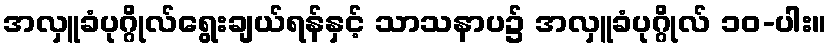
အလှူခံပုဂ္ဂိုလ်ရွေးချယ်ရန်နှင့် သာသနာပ၌ အလှူခံပုဂ္ဂိုလ် ၁၀-ပါး။